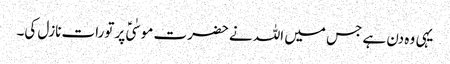
یہی وہ دن ہے جس میں اللہ نے حضرت موسٰیؑ پر تورات نازل کی۔